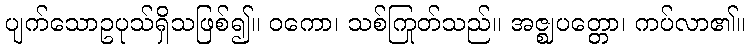
ပျက်သောဥပုသ်ရှိသဖြစ်၍။ ဝကော၊ သစ်ကြုတ်သည်။ အဇ္ဈပတ္တော၊ ကပ်လာ၏။